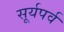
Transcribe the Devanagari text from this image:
सूर्यपर्व